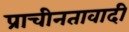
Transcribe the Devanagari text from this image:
प्राचीनतावादी